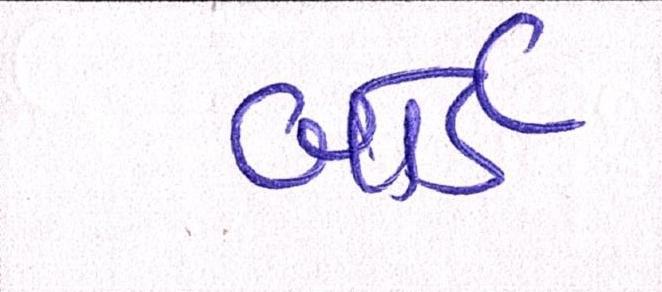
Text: બોર્ડે